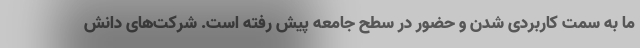
ما به سمت کاربردی شدن و حضور در سطح جامعه پیش رفته است. شرکت‌های دانش